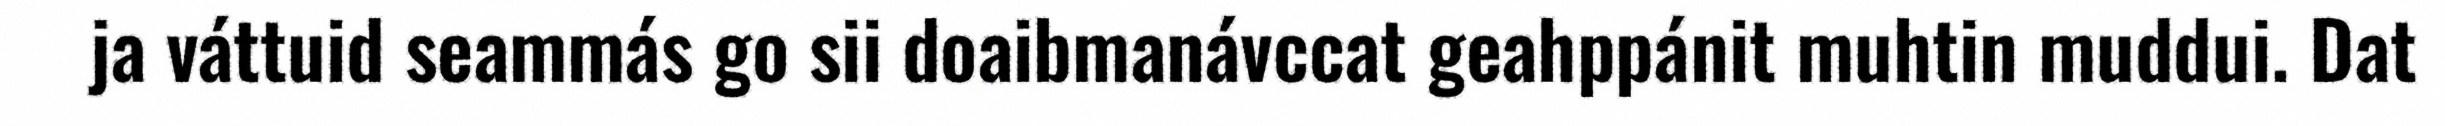
ja váttuid seammás go sii doaibmanávccat geahppánit muhtin muddui. Dat